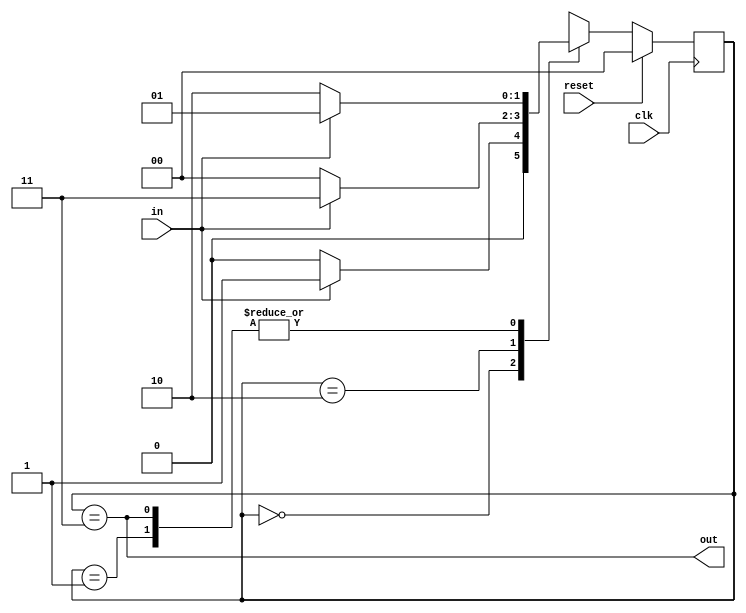
module top_module(
    input clk,
    input in,
    input reset,
    output out
);

    parameter A=2'b00, B=2'b01, C=2'b10, D=2'b11;
    reg     [1:0]curr_state;
    reg     [1:0]next_state;


    always@(posedge clk) begin
        if(reset)  curr_state<=         A;
        else        curr_state<=next_state;

    end
    always@(*) begin
        case(curr_state)
            A:next_state=in? B:A;
            B:next_state=in? B:C;
            C:next_state=in? D:A;
            D:next_state=in? B:C;
        endcase

    end

    assign out=(curr_state==D);



endmodule